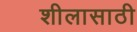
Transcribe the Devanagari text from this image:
शीलासाठी